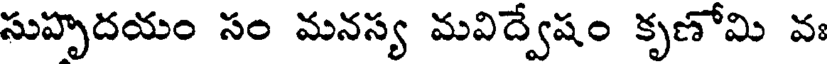
సుహృదయం సం మనస్య మవిద్వేషం కృణోమి వః